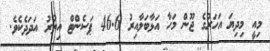
މިއީ މިދިޔަ އަހަރުގެ ޖޫން މަހާ އަޅާބަލާއިރު 46.6 ޕަސެންޓް އިތުރު އަދަދެކެވެ.